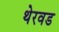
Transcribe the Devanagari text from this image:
थेरवड